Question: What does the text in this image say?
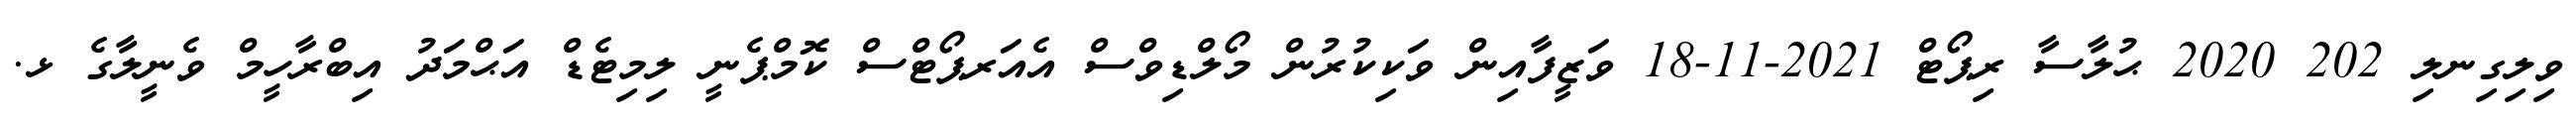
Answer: ވިލިގިނލި 202 2020 ޙުލާސާ ރިޕޯޓް 2021-11-18 ވަޒީފާއިން ވަކިކުރުން މޯލްޑިވްސް އެއަރޕޯޓްސް ކޮމްޕެނީ ލިމިޓެޑް އަޙްމަދު އިބްރާހީމް ވެނީލާގެ ޅ.